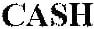
CASH